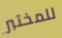
للمختبر